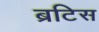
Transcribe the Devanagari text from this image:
ब्रटिस